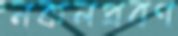
নকলপ্রবণ